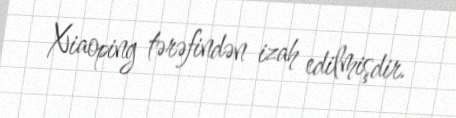
Xiaoping tərəfindən izah edilmişdir.